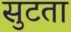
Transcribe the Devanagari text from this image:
सुटता